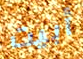
أبيت